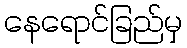
နေရောင်ခြည်မှ